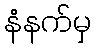
နံနက်မှ